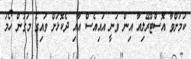
ކަމަށްވާ އޮސްޓްރޭލިއާ އިން ވަނީ އައިއެސް އާއި ދެކޮޅަށް ވައިގެ މަގުން ހޯމަ